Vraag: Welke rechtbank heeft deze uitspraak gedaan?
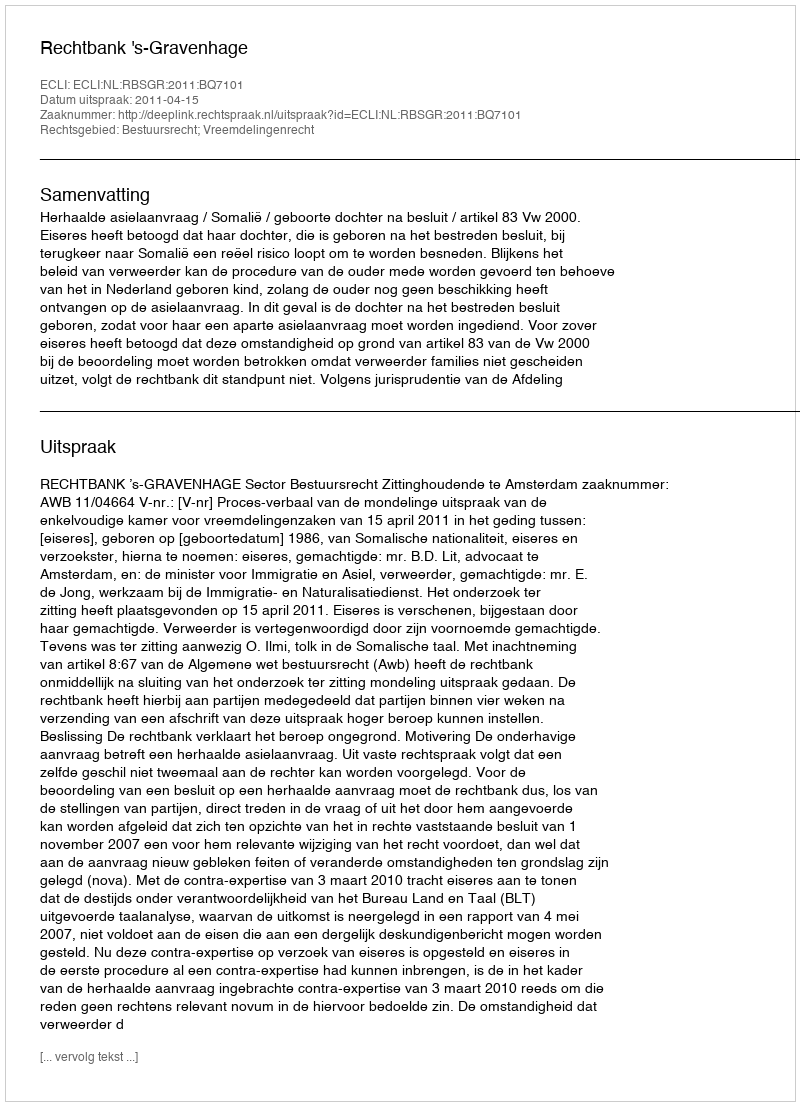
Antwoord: Rechtbank 's-Gravenhage